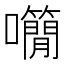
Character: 𡅌